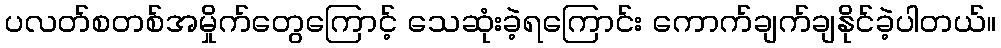
ပလတ်စတစ်အမှိုက်တွေကြောင့် သေဆုံးခဲ့ရကြောင်း ကောက်ချက်ချနိုင်ခဲ့ပါတယ်။